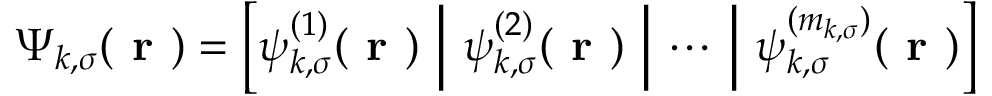
\boldsymbol { \Psi } _ { k , \sigma } ( \boldsymbol { \textbf { r } } ) = \left[ \psi _ { k , \sigma } ^ { ( 1 ) } ( \boldsymbol { \textbf { r } } ) ~ \middle | ~ \psi _ { k , \sigma } ^ { ( 2 ) } ( \boldsymbol { \textbf { r } } ) ~ \middle | ~ \cdots ~ \middle | ~ \psi _ { k , \sigma } ^ { ( m _ { k , \sigma } ) } ( \boldsymbol { \textbf { r } } ) \right]